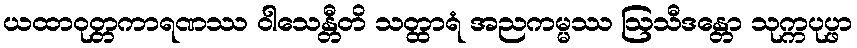
ယထာဝုတ္တကာရဏဿ ဝါသေန္တီတိ သတ္ထာရံ အညကမ္မဿ ဩသီဒန္တော သုက္ကပုပ္ဖာ